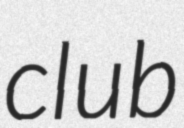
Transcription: club